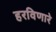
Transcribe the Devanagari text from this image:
हरविणारे